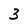
Character: 3